Civil Veterinary Department Bengal reports 1923-33 - 1923-1933
Year: 1923
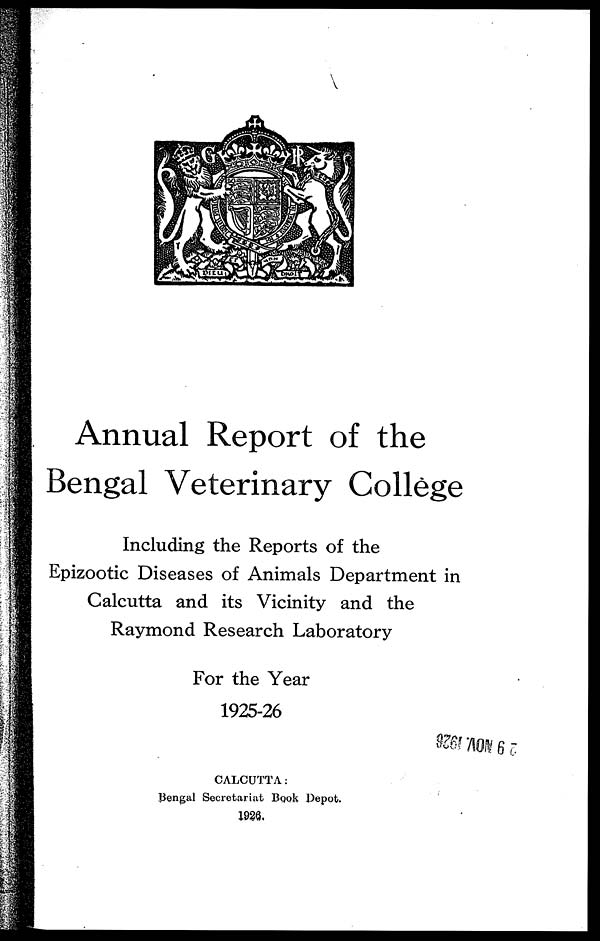
Annual Report of the
Bengal Veterinary College
Including the Reports of the
Epizootic Diseases of Animals Department in
Calcutta and its Vicinity and the
Raymond Research Laboratory
For the Year
1925-26
CALCUTTA:
Bengal Secretariat Book Depot.
1926.